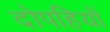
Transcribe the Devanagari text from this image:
दोपहियों